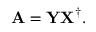
{ \bf A } = { \bf Y } { \bf X } ^ { \dagger } .